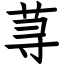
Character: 荨